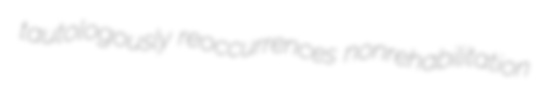
tautologously reoccurrences nonrehabilitation